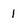
Character: 1